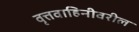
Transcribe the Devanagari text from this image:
वृत्तवाहिनीवरील